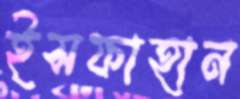
ইসফাহান